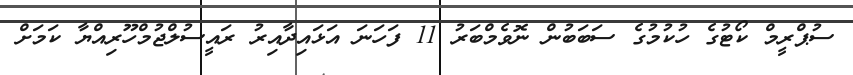
ސުޕްރީމް ކޯޓުގެ ހުކުމުގެ ސަބަބުން ނޮވެމްބަރު 11 ފަހަނަ އަޅައިދާއިރު ރައީސުލްޖުމްހޫރިއްޔާ ކަމަށް